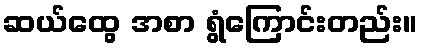
ဆယ်ထွေ အစာ ရွံကြောင်းတည်း။